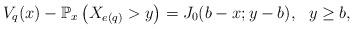
LaTeX: \begin{align*}V_q(x)-\mathbb P_x\left(X_{e(q)}> y\right)=J_0(b-x;y-b), \ \ y\geq b,\end{align*}